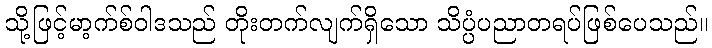
သို့ဖြင့်မာ့က်စ်ဝါဒသည် တိုးတက်လျက်ရှိသော သိပ္ပံပညာတရပ်ဖြစ်ပေသည်။